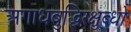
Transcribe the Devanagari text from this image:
अगाधबुद्धिरक्षुब्धो